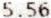
5.56